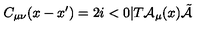
C _ { \mu \nu } ( x - x ^ { \prime } ) = 2 i < 0 | T { \cal A } _ { \mu } ( x ) \tilde { { \cal A } }